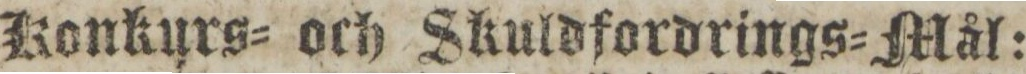
Konkurs= och Skuldfordrings=Mål: